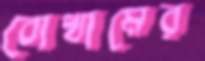
বোখামের